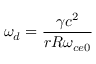
\omega _ { d } = \frac { \gamma c ^ { 2 } } { r R \omega _ { c e 0 } }